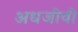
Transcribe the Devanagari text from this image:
अधजीवी